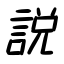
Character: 説